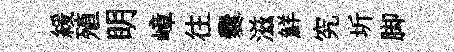
緩殖眀嶂往爨滋鮮究圻脚